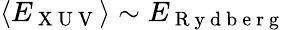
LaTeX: \langle E_{\mathrm{~X~U~V~}}\rangle\sim E_{\mathrm{~R~y~d~b~e~r~g~}}